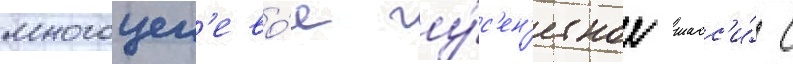
многоцел'ево́е гу́с'ен'ичное шасс'и́ с